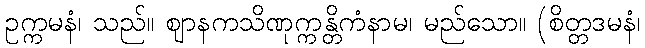
ဥက္ကမနံ၊ သည်။ ဈာနကသိဏုက္ကန္တိကံနာမ၊ မည်သော။ (စိတ္တဒမနံ၊